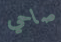
صاحي